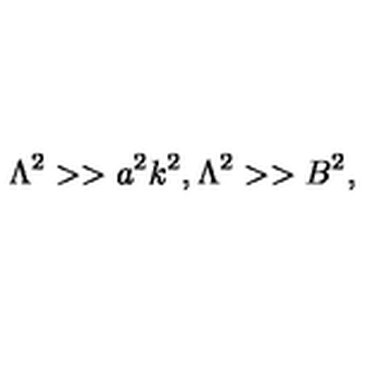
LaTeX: \Lambda ^ { 2 } > > a ^ { 2 } k ^ { 2 } , \Lambda ^ { 2 } > > B ^ { 2 } ,